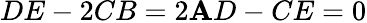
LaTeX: DE-2CB=2\mathbf{A}D-CE=0